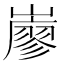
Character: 𡽦